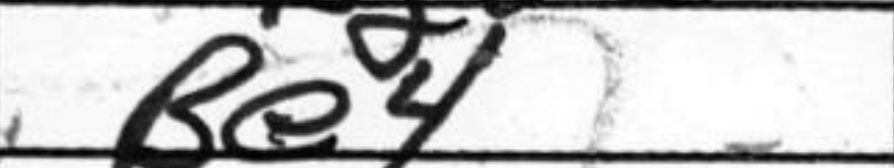
Transcription: Be4